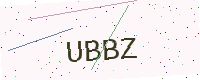
Text: UBBZ